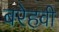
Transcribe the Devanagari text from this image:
बरेहवी